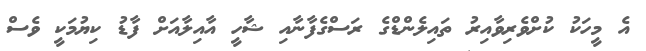
އެ މީހަކު ކުށްވެރިވާއިރު ތައިލެންޑްގެ ރަސްގެފާނާއި ޝާހީ އާއިލާއަށް ފާޑު ކިޔުމަކީ ވެސް